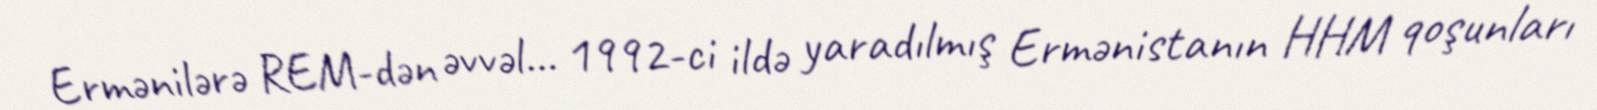
Ermənilərə REM-dən əvvəl... 1992-ci ildə yaradılmış Ermənistanın HHM qoşunları